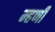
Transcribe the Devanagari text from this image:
म्‍हणी